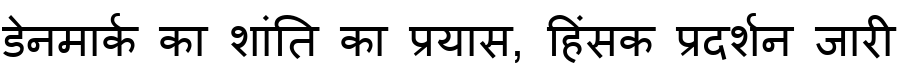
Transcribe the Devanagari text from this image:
डेनमार्क का शांति का प्रयास, हिंसक प्रदर्शन जारी